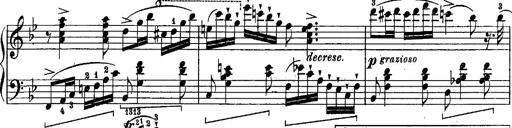
Title: Schubert's Impromptus [revised and edited by Franz Liszt]
Composer: Franz Liszt